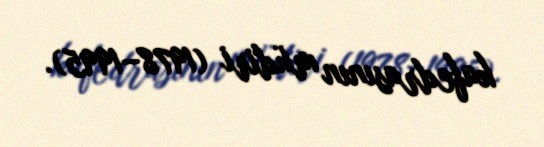
kafedrasının müdiri (1978–1995).